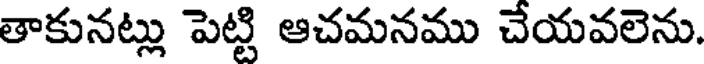
తాకునట్లు పెట్టి ఆచమనము చేయవలెను.